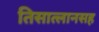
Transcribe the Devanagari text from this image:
तिसात्लानसह